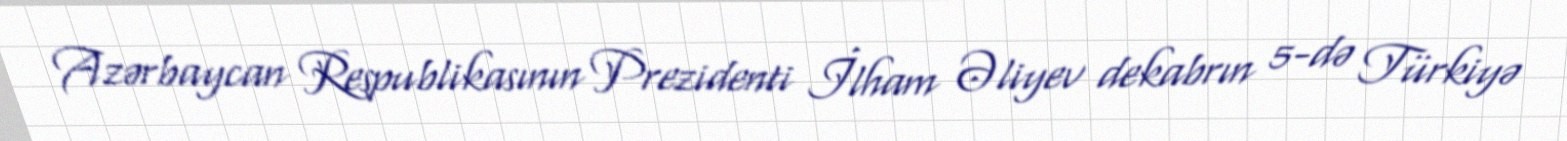
Azərbaycan Respublikasının Prezidenti İlham Əliyev dekabrın 5-də Türkiyə